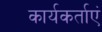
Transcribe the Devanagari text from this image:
कार्यकर्ताएं